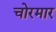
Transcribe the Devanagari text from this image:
चोरमार